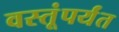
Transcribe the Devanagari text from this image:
वस्तूंपर्यंत